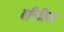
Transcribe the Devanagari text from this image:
बनिविला